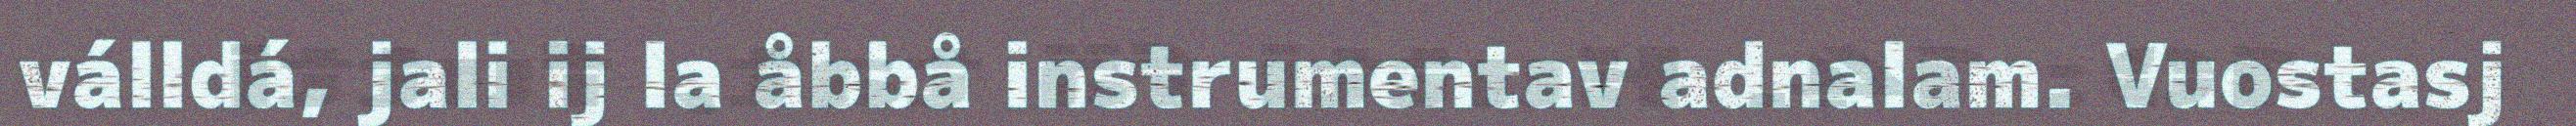
válldá, jali ij la åbbå instrumentav adnalam. Vuostasj